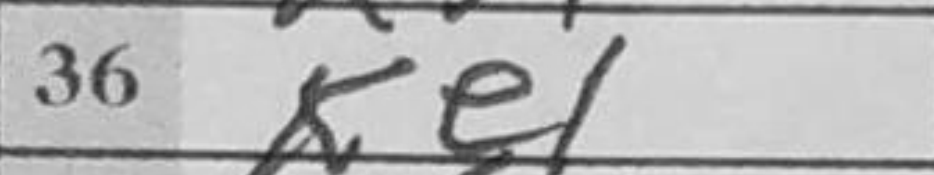
Transcription: Ke1